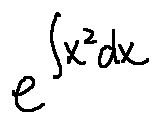
e ^ { \int x ^ { 2 } d x }